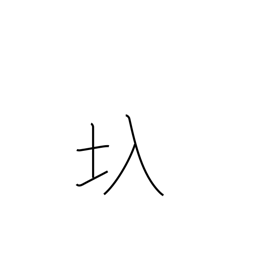
Meaning: floodgate